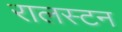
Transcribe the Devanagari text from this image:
रालस्टन